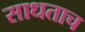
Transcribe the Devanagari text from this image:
साधताच